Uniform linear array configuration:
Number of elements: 12
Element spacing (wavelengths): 1
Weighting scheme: blackman
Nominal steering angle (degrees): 0
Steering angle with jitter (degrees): -0.8395
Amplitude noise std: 0.05
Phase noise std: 0.05

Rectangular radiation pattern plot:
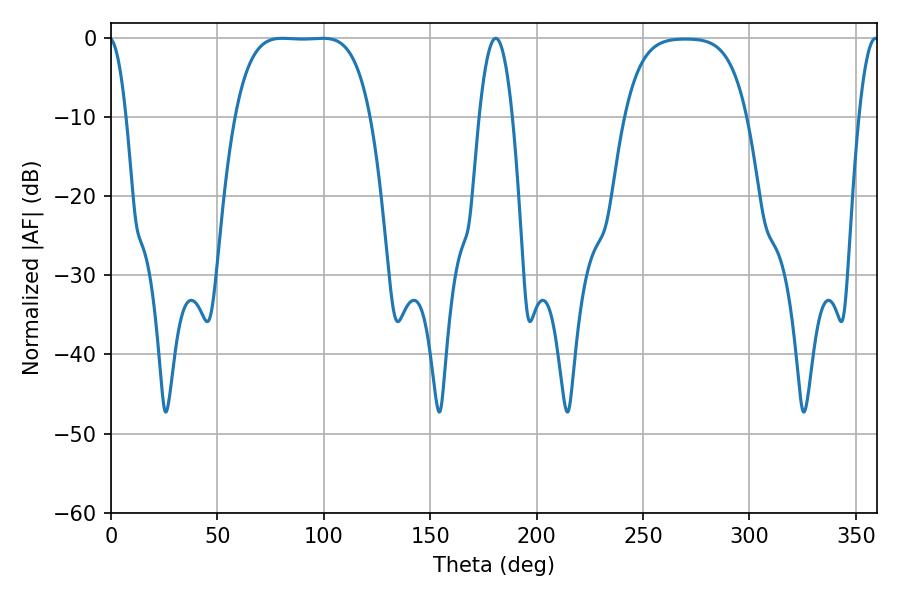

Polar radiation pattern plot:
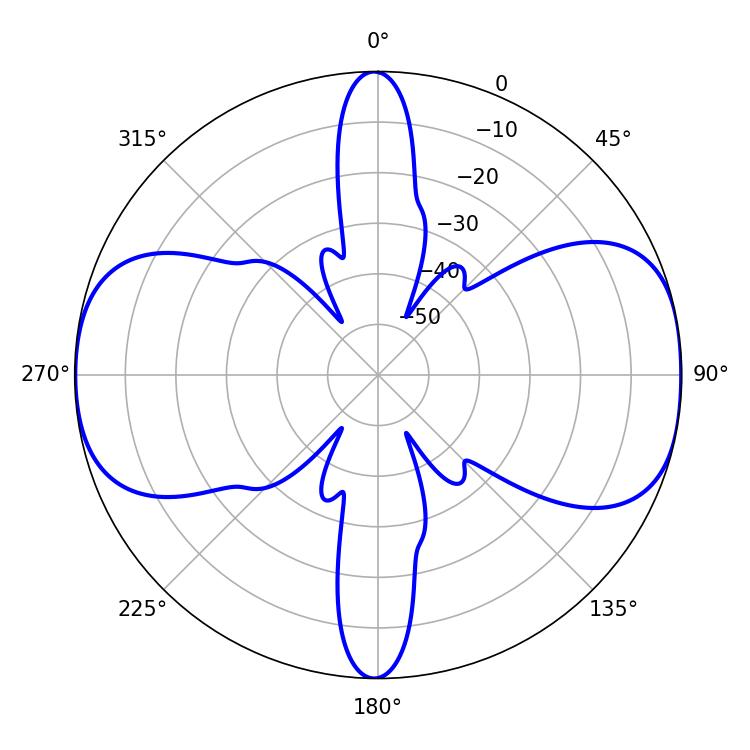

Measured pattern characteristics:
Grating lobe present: TRUE
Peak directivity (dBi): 11.496
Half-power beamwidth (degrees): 48.6
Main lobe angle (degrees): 80.46